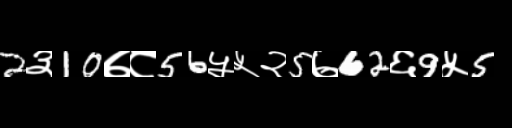
Text: 2३10७८56५५२5७62६9५5